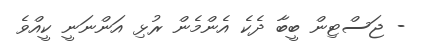
- ޖަސްޓިން ބީބާ ދެކެ އެންމެން ރުޅި އަންނަނީ ކީއްވެ